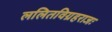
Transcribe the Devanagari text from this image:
ललितविग्रहराजः